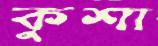
কুশা